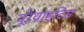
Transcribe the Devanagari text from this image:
यूरेथ्राइटिस